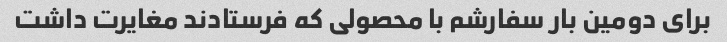
برای دومین بار سفارشم با محصولی که فرستادند مغایرت داشت